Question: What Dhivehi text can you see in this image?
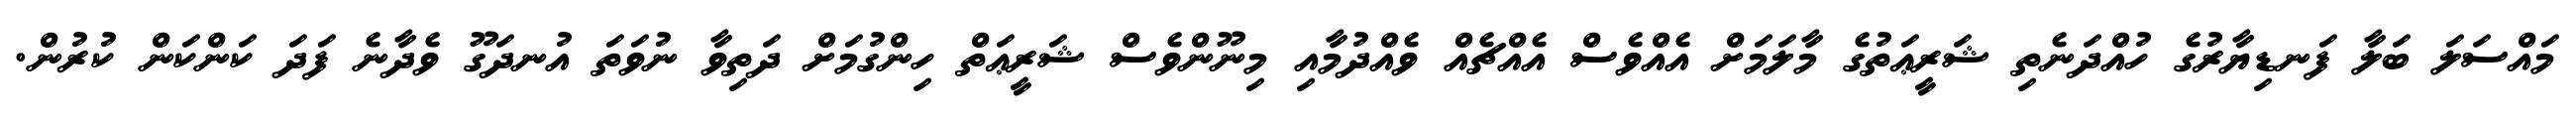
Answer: މައްސަލަ ބަލާ ފަނޑިޔާރުގެ ހުއްދަނެތި ޝަރީޢަތުގެ މާލަމަށް އެއްވެސް އެއްޗެއް ވެއްދުމާއި މިނޫންވެސް ޝަރީޢަތް ހިންގުމަށް ދަތިވާ ނުވަތަ އުނދަގޫ ވެދާނެ ފަދަ ކަންކަން ކުރުން.